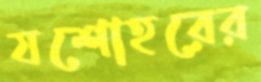
যশোহরের